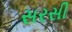
સરસી